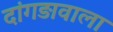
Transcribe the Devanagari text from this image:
दांगड़ावाला